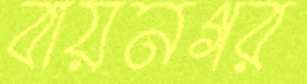
বায়নগর